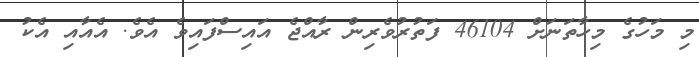
މި މަހުގެ މިހާތަނަށް 46104 ފަތުރުވެރިން ރާއްޖެ އައިސްފައިވެ އެވެ. އެއާއި އެކު